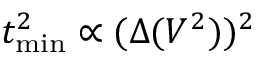
t _ { \mathrm { m i n } } ^ { 2 } \propto ( \Delta ( V ^ { 2 } ) ) ^ { 2 }